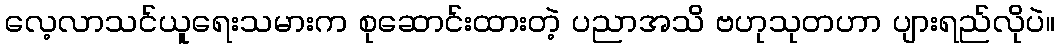
လေ့လာသင်ယူရေးသမားက စုဆောင်းထားတဲ့ ပညာအသိ ဗဟုသုတဟာ ပျားရည်လိုပဲ။